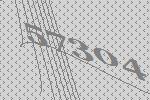
57304